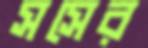
সসের